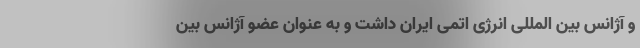
و آژانس بین المللی انرژی اتمی ایران داشت و به عنوان عضو آژانس بین